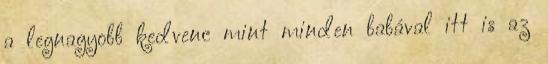
a legnagyobb kedvenc mint minden babával itt is az